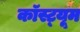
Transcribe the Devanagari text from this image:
कॉस्ट़्यूम